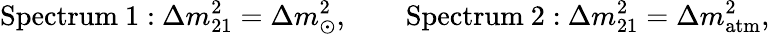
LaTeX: \mathrm{Spectrum~1:}\ \Delta m_{21}^{2}=\Delta m_{\odot}^{2},\qquad\mathrm{Spectrum~2:}\ \Delta m_{21}^{2}=\Delta m_{\mathrm{atm}}^{2},